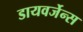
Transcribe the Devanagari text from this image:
डायवर्जेन्स